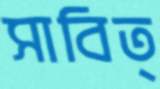
সাবিত্